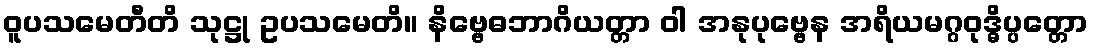
ဝူပသမေတီတိ သုဋ္ဌု ဥပသမေတိ။ နိဗ္ဗေဓဘာဂိယတ္တာ ဝါ အနုပုဗ္ဗေန အရိယမဂ္ဂဝုဒ္ဓိပ္ပတ္တော